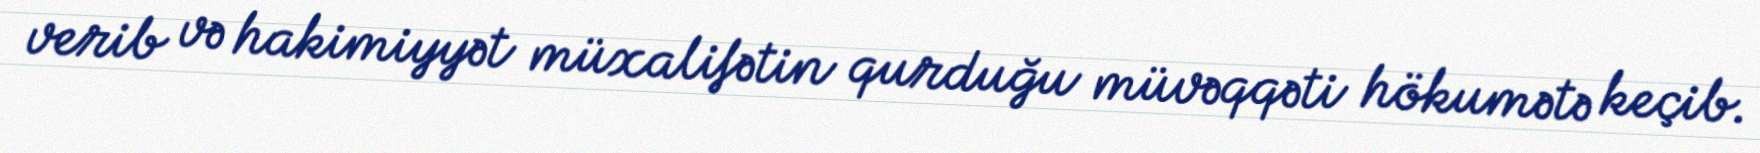
verib və hakimiyyət müxalifətin qurduğu müvəqqəti hökumətə keçib.